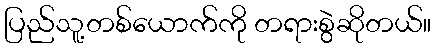
ပြည်သူ့တစ်ယောက်ကို တရားစွဲဆိုတယ်။